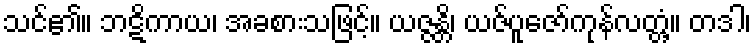
သင်၏။ ဘဋိကာယ၊ အခစားသဖြင့်။ ယဇ္ဇန္တိ၊ ယဇ်ပူဇော်ကုန်လတ္တံ့။ တဒါ၊